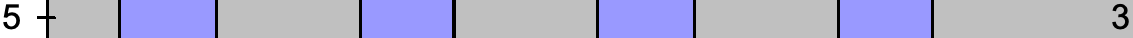
5                                    3